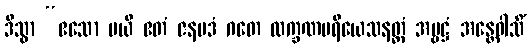
ဒိသွာ “ဧသော မယိ ဧတံ ဇနပဒံ ဂတေ လက္ခဏပရိယေသနတ္ထံ အမ္ဗဋ္ဌံ အန္တေဝါသိံ